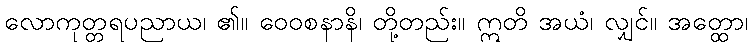
လောကုတ္တရပညာယ၊ ၏။ ဝေဝစနာနိ၊ တို့တည်း။ ဣတိ အယံ၊ လျှင်။ အတ္ထော၊